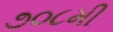
૭૦૮મી